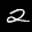
Label: 2